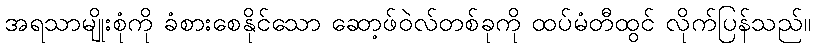
အရသာမျိုးစုံကို ခံစားစေနိုင်သော ဆော့ဖ်ဝဲလ်တစ်ခုကို ထပ်မံတီထွင် လိုက်ပြန်သည်။